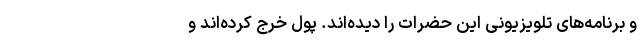
و برنامه‌های تلویزیونی این حضرات را دیده‌اند. پول خرج کرده‌اند و